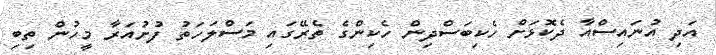
އަދި އުނައިސްއާ ދެކޮޅަށް ހެކިބަސްދިން ހެކިންގެ ތެރޭގައި މަސްލަހަތު ފުށުއަރާ މީހުން ތިބި